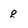
Character: g